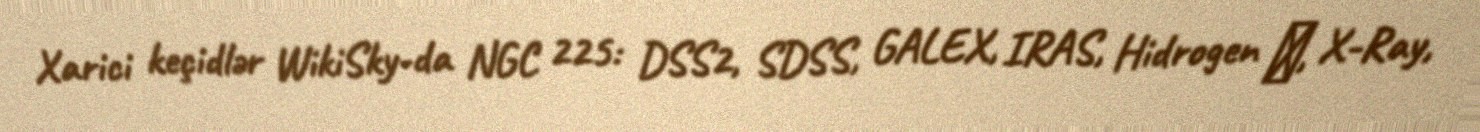
Xarici keçidlər WikiSky-da NGC 225: DSS2, SDSS, GALEX, IRAS, Hidrogen α, X-Ray,